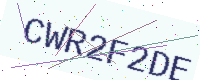
Text: CWR2F2DE